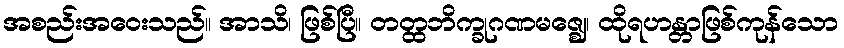
အစည်းအဝေးသည်။ အာသိ၊ ဖြစ်ပြီ။ တတ္ထဘိက္ခုဂဏမဇ္ဈေ၊ ထိုရဟန္တာဖြစ်ကုန်သော